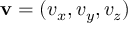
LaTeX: \mathbf { v } = ( v _ { x } , v _ { y } , v _ { z } )